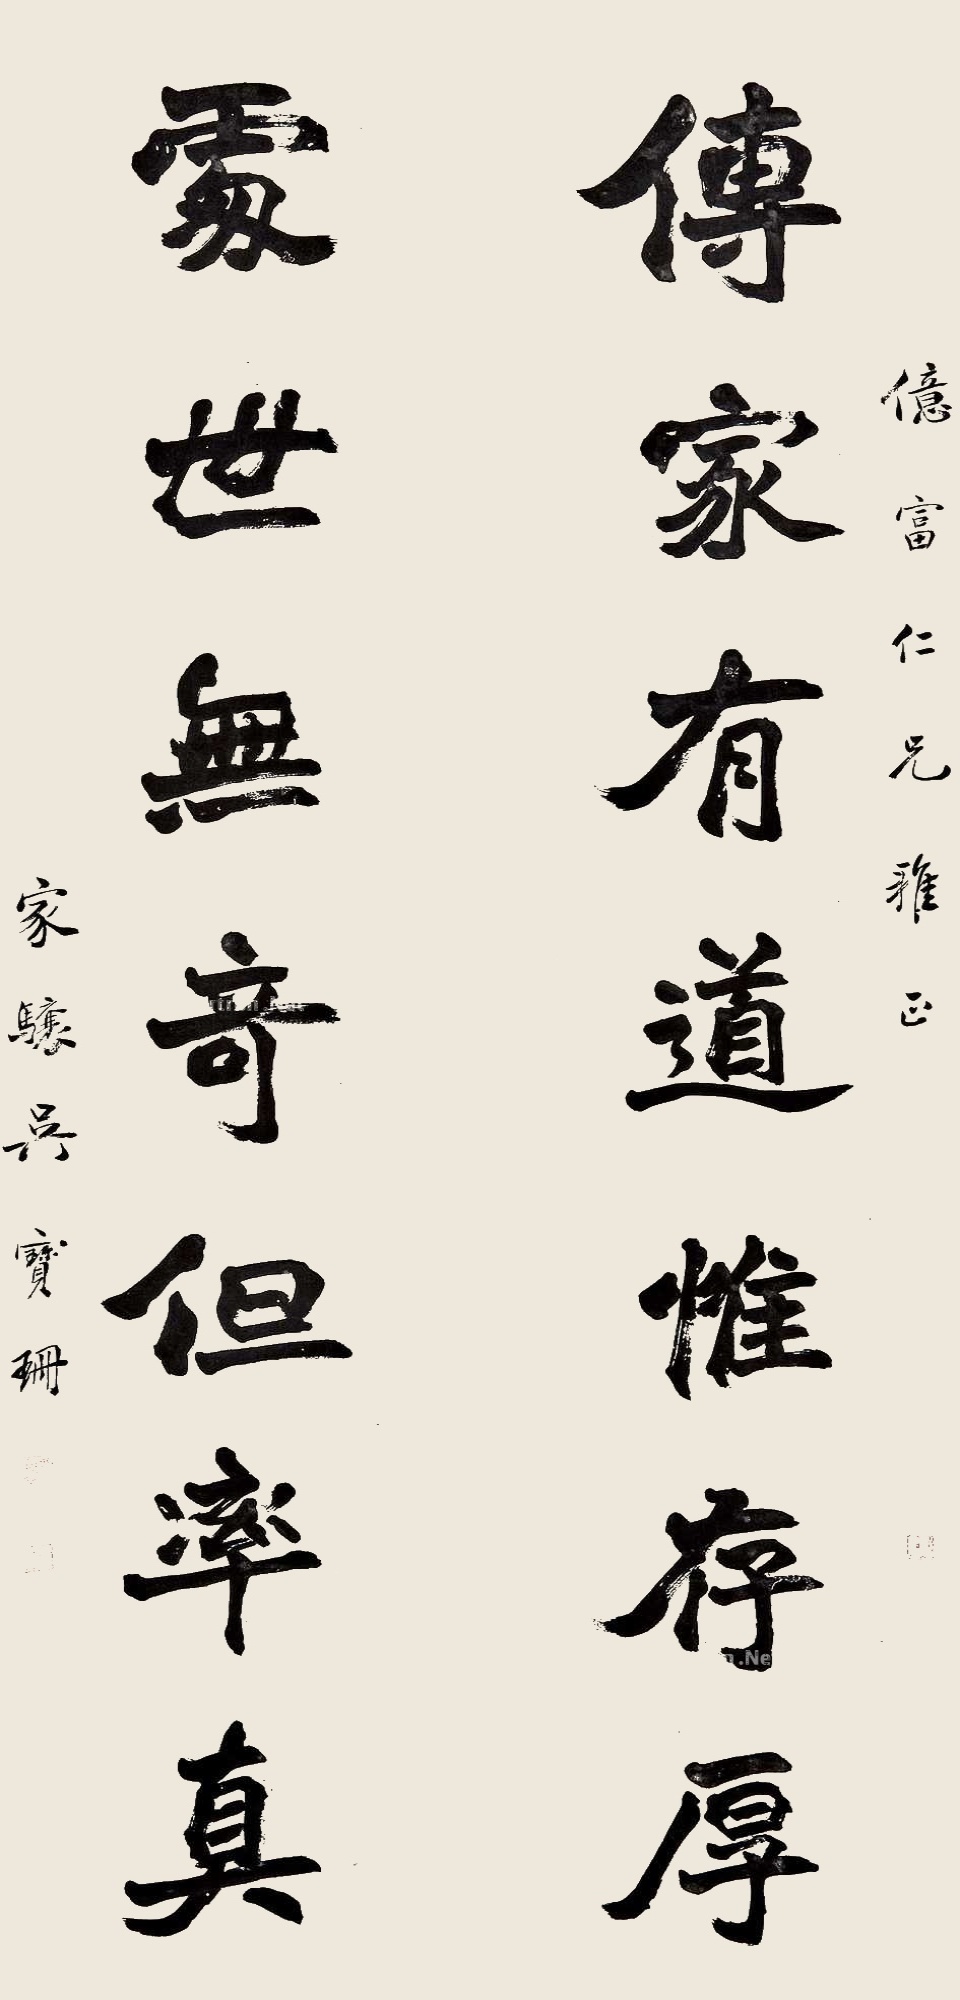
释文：亿富仁兄雅正。传家有道惟存厚，处世无奇但率真。家骧吴宝珊。